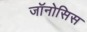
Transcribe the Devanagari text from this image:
जॉनोसिस